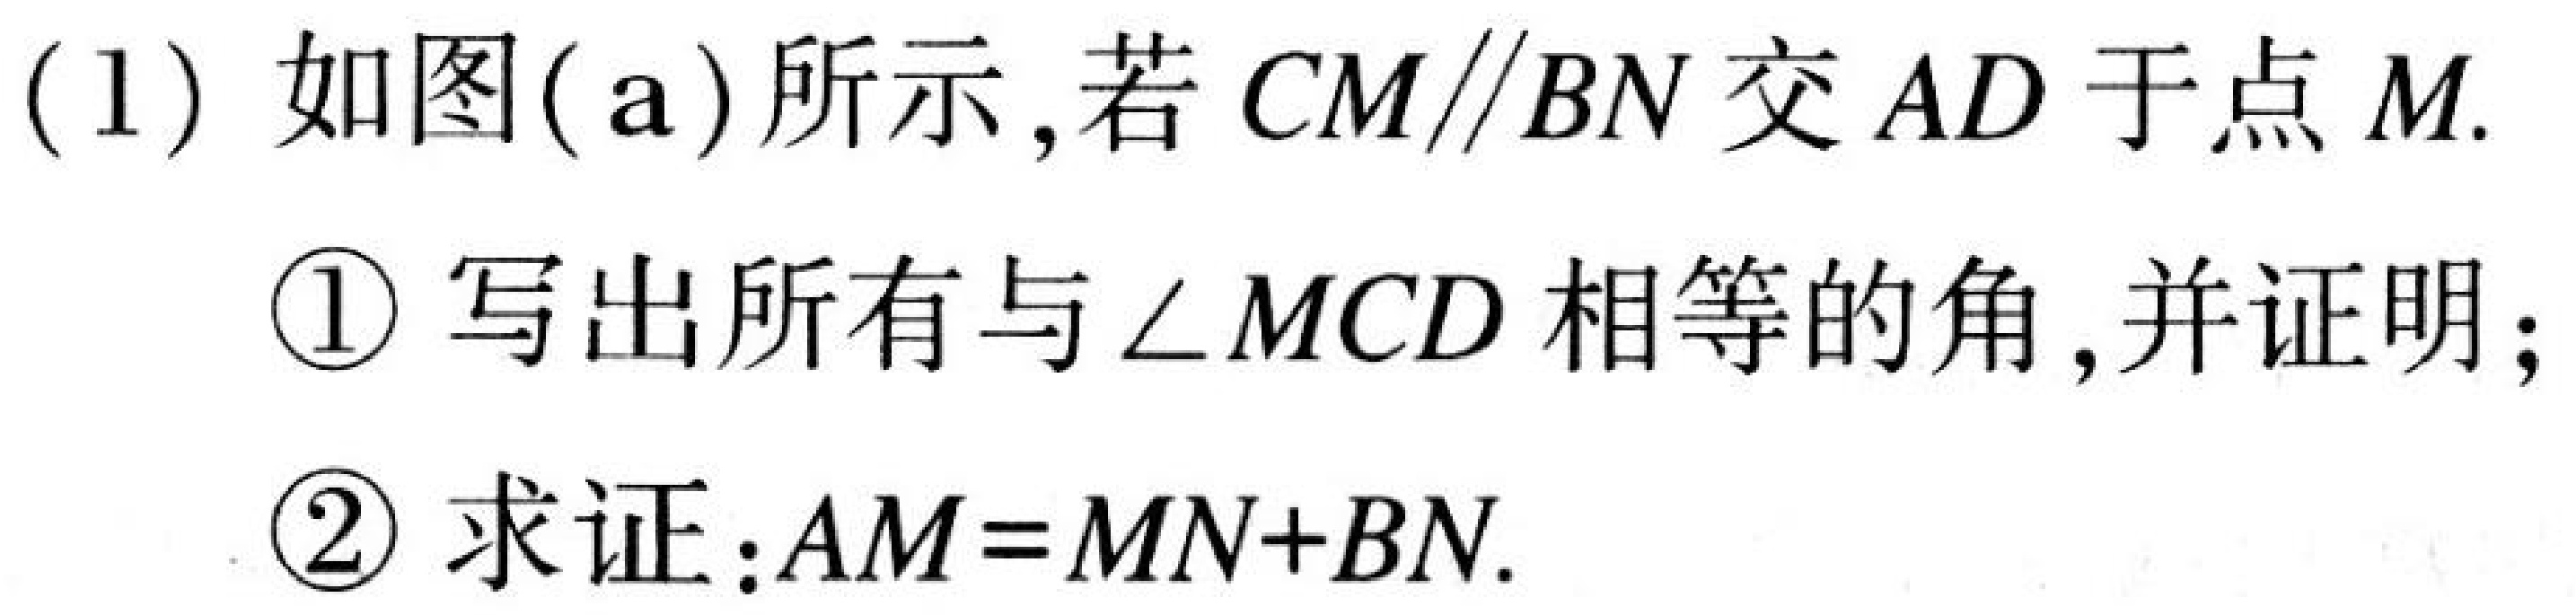
(1) 如图(a)所示,若 \(CM\parallel BN\) 交 \(AD\) 于点 \(M\).
\textcircled{1} 写出所有与\(\angle MCD\) 相等的角,并证明;
\textcircled{2} 求证:\(AM = MN + BN\).